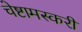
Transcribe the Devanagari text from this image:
चेष्टामस्करी